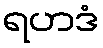
ရဟဒံ